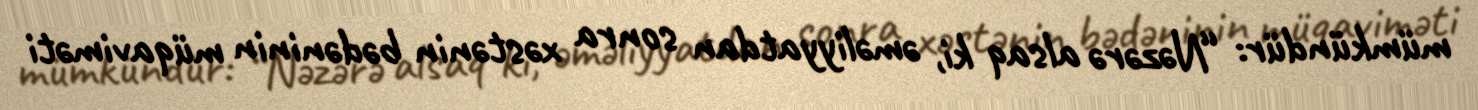
mümkündür: “Nəzərə alsaq ki, əməliyyatdan sonra xəstənin bədəninin müqaviməti